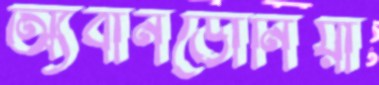
অ্যবানডোনিয়া